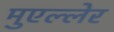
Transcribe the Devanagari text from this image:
मुएल्लेर